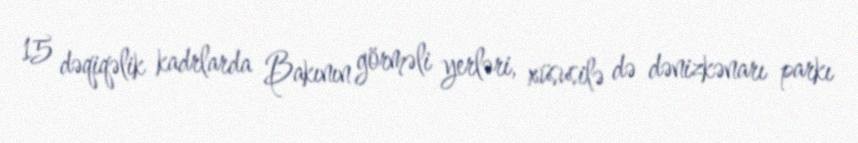
15 dəqiqəlik kadrlarda Bakının görməli yerləri, xüsusilə də dənizkənarı parkı